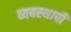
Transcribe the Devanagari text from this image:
व्यवस्थापी